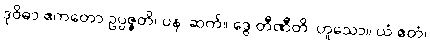
ဒုဝိဓာ ဧကတော ဥပ္ပဇ္ဇတိ၊ ပန၊ ဆက်။ ဒွေ တီဏီတိ၊ ဟူသော။ ယံ ဧတံ၊